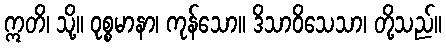
ဣတိ၊ သို့။ ဝုစ္စမာနာ၊ ကုန်သော။ ဒိသာဝိသေသာ၊ တို့သည်။